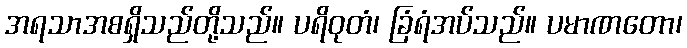
အရသာအစရှိသည်တို့သည်။ ပရိဝုတံ၊ ခြံရံအပ်သည်။ ပမာဏတော၊